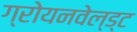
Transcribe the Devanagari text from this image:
ग्रोयनवेल्ड्ट